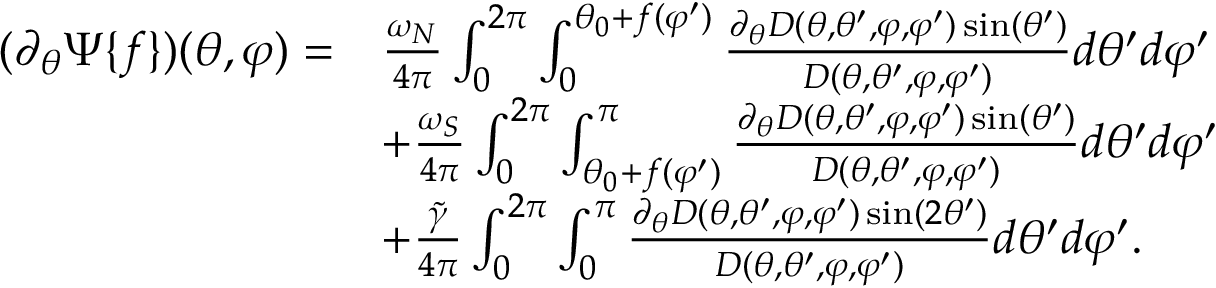
\begin{array} { r l } { ( \partial _ { \theta } \Psi \{ f \} ) ( \theta , \varphi ) = } & { \frac { \omega _ { N } } { 4 \pi } \int _ { 0 } ^ { 2 \pi } \int _ { 0 } ^ { \theta _ { 0 } + f ( \varphi ^ { \prime } ) } \frac { \partial _ { \theta } D ( \theta , \theta ^ { \prime } , \varphi , \varphi ^ { \prime } ) \sin ( \theta ^ { \prime } ) } { D ( \theta , \theta ^ { \prime } , \varphi , \varphi ^ { \prime } ) } d \theta ^ { \prime } d \varphi ^ { \prime } } \\ & { + \frac { \omega _ { S } } { 4 \pi } \int _ { 0 } ^ { 2 \pi } \int _ { \theta _ { 0 } + f ( \varphi ^ { \prime } ) } ^ { \pi } \frac { \partial _ { \theta } D ( \theta , \theta ^ { \prime } , \varphi , \varphi ^ { \prime } ) \sin ( \theta ^ { \prime } ) } { D ( \theta , \theta ^ { \prime } , \varphi , \varphi ^ { \prime } ) } d \theta ^ { \prime } d \varphi ^ { \prime } } \\ & { + \frac { \widetilde { \gamma } } { 4 \pi } \int _ { 0 } ^ { 2 \pi } \int _ { 0 } ^ { \pi } \frac { \partial _ { \theta } D ( \theta , \theta ^ { \prime } , \varphi , \varphi ^ { \prime } ) \sin ( 2 \theta ^ { \prime } ) } { D ( \theta , \theta ^ { \prime } , \varphi , \varphi ^ { \prime } ) } d \theta ^ { \prime } d \varphi ^ { \prime } . } \end{array}